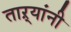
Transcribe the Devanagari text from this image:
ताऱ्यांनी